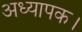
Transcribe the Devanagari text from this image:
अध्यापक।